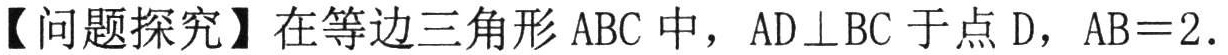
【问题探究】在等边三角形 \(ABC\) 中，\(AD\perp BC\) 于点 \(D\)，\(AB = 2\).